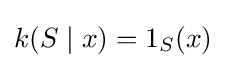
k(S\mid x)=1_{S}(x)